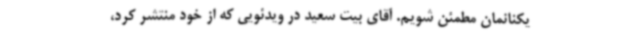
یکنانمان مطمئن شویم. آقای بیت سعید در ویدئویی که از خود منتشر کرد،